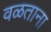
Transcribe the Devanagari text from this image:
वळताना